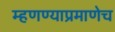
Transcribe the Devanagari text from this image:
म्हणण्याप्रमाणेच